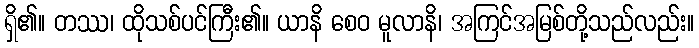
ရှိ၏။ တဿ၊ ထိုသစ်ပင်ကြီး၏။ ယာနိ စေဝ မူလာနိ၊ အကြင်အမြစ်တို့သည်လည်း။